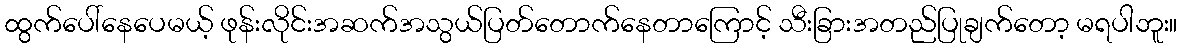
ထွက်ပေါ်နေပေမယ့် ဖုန်းလိုင်းအဆက်အသွယ်ပြတ်တောက်နေတာကြောင့် သီးခြားအတည်ပြုချက်တော့ မရပါဘူး။